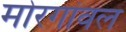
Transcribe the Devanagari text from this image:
मोरगांवल